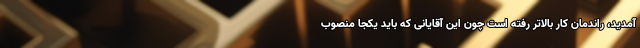
آمدید، راندمان کار بالاتر رفته است چون این آقایانی که باید یکجا منصوب